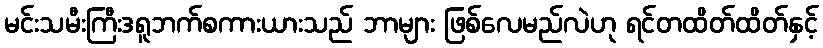
မင်းသမီးကြီးဒရူဘက်စကားယားသည် ဘာများ ဖြစ်လေမည်လဲဟု ရင်တထိတ်ထိတ်နှင့်